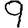
Digit: 9